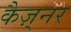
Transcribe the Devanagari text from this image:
कैज़्नर